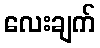
လေးချက်